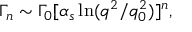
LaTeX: \Gamma _ { n } \sim \Gamma _ { 0 } [ \alpha _ { s } \ln ( q ^ { 2 } / q _ { 0 } ^ { 2 } ) ] ^ { n } ,